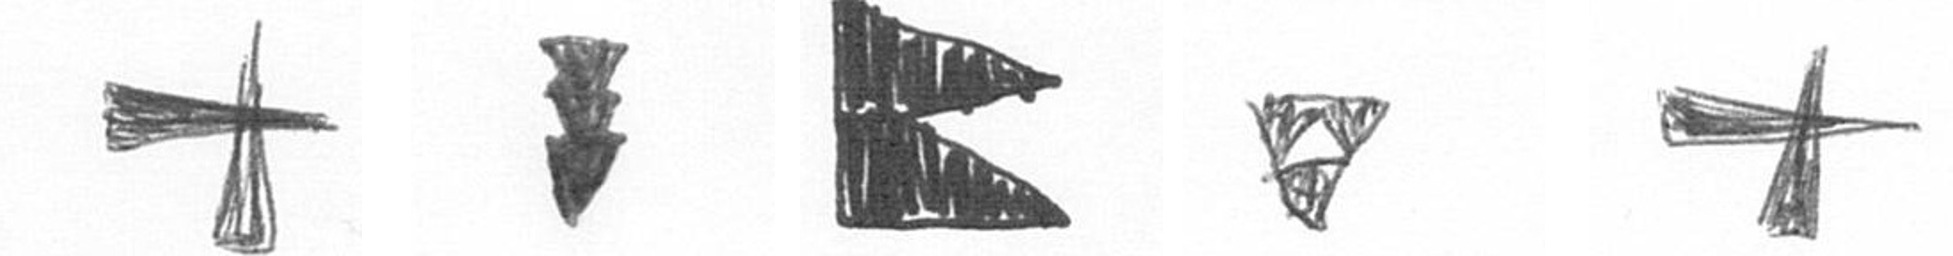
G E P S G